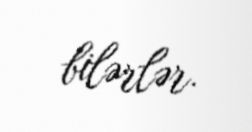
bilərlər.